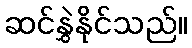
ဆင်နွှဲနိုင်သည်။